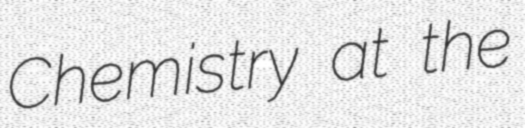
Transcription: Chemistry at the